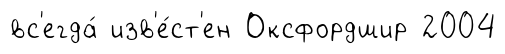
вс'егда́ изв'е́ст'ен Оксфордшир 2004